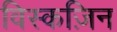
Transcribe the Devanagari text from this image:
विस्कज़िन